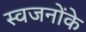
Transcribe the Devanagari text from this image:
स्वजनोंके